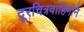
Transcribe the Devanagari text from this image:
दूरचित्रवाहिनीने